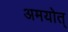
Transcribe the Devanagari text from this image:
अमयोत्